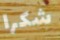
شكرا